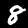
Label: 8